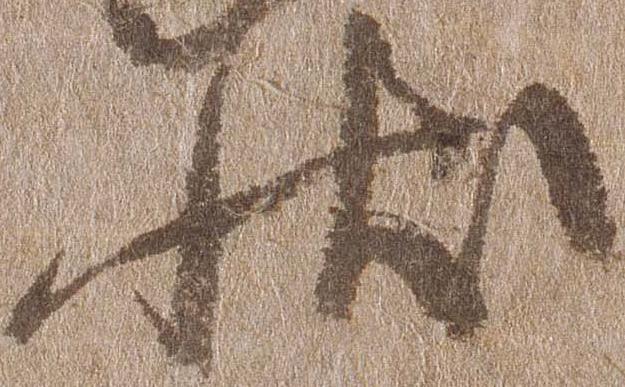
状